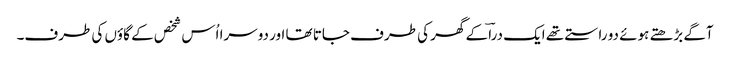
آگے بڑھتے ہوئے دو راستے تھے ایک دراؔ کے گھر کی طرف جاتا تھا اور دوسرا اُس شخص کے گاؤں کی طرف۔